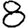
Digit: 8